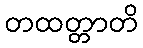
တထတ္တာတိ